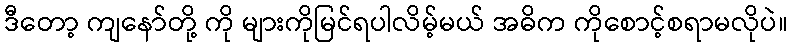
ဒီတော့ ကျနော်တို့ ကို များကိုမြင်ရပါလိမ့်မယ် အဓိက ကိုစောင့်စရာမလိုပဲ။